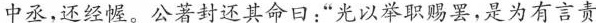
中丞，还经幄。公著封还其命回：”光以举职赐罢，是为有言责